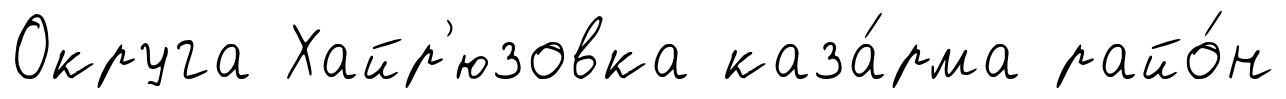
Округа Хайр'юзовка каза́рма райо́н